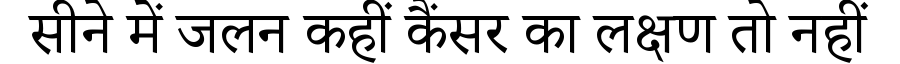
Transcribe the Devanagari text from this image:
सीने में जलन कहीं कैंसर का लक्षण तो नहीं